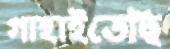
গাহাইতেছি